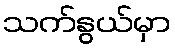
သက်နွယ်မှာ